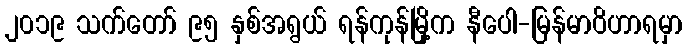
၂၀၁၉ သက်တော် ၉၅ နှစ်အရွယ် ရန်ကုန်မြို့က နီပေါ-မြန်မာဝိဟာရမှာ